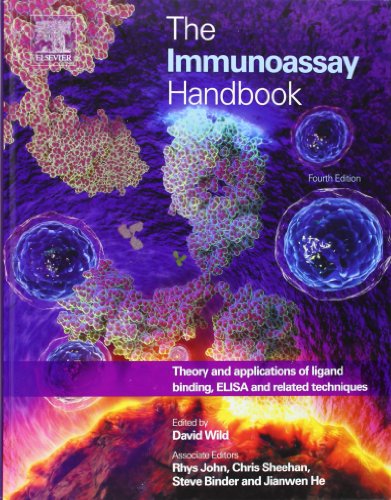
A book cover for The Immunoassay Handbook, Fourth Edition: Theory and applications of ligand binding, ELISA and related techniques; Medical Books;